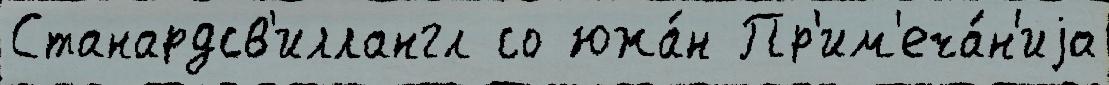
Станардсв'иллангл со южа́н Пр'им'еча́н'иjа